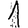
Digit: 1